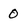
Character: 0